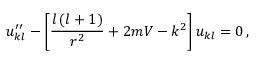
u _ { k l } ^ { \prime \prime } - \left[ \frac { l \left( l + 1 \right) } { r ^ { 2 } } + 2 m V - k ^ { 2 } \right] u _ { k l } = 0 \, ,